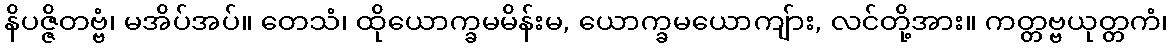
နိပဇ္ဇိတဗ္ဗံ၊ မအိပ်အပ်။ တေသံ၊ ထိုယောက္ခမမိန်းမ, ယောက္ခမယောကျ်ား, လင်တို့အား။ ကတ္တဗ္ဗယုတ္တကံ၊